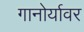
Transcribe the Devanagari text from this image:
गानोर्यावर